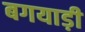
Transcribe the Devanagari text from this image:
बगयाड़ी